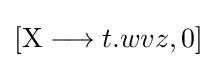
[\mathrm {X} \longrightarrow t.wvz,0]